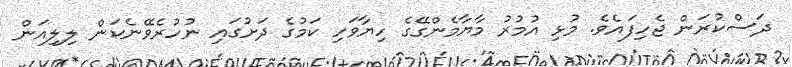
ދަސްކުރަން ޖެހިފައެވެ. މުޅި އުމުރު މާޔާމެންގޭގެ ހިޔާވަހި ކަމުގެ ދަށުގައި ނުހުރެވޭނެކަން ލިލިއަން